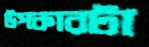
উপকারটা